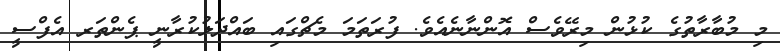
މި މުބާރާތުގެ ކުޅުން މިރޭވެސް އޮންނާނެއެވެ. ފުރަތަމަ މެޗްގައި ބައްދަލުކުރާނީ ޕެންތަރ އެފްސީ